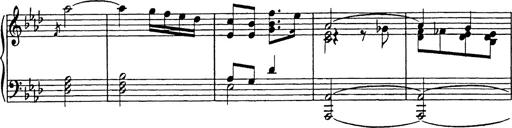
Title: 8 Variations
Composer: Franz Liszt
Key: A-flat major